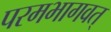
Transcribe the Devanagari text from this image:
परमभागवत्